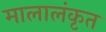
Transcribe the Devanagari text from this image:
मालालंकृत